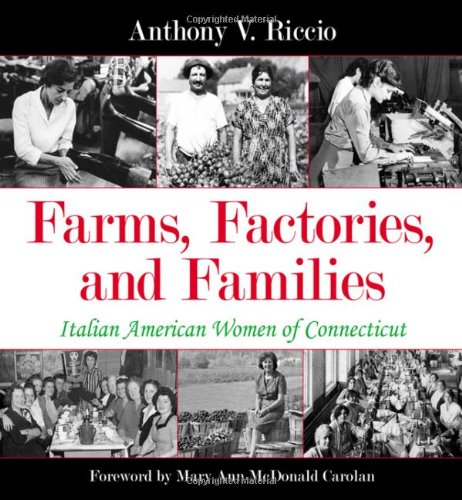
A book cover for Farms, Factories, and Families: Italian American Women of Connecticut; Anthony V. Riccio; Biographies & Memoirs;